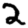
Digit: 2